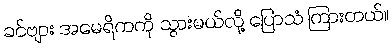
ခင်ဗျား အမေရိကကို သွားမယ်လို့ ပြောသံ ကြားတယ်။